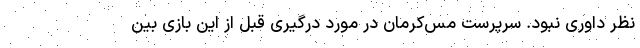
نظر داوری نبود. سرپرست مس‌کرمان در مورد درگیری قبل از این بازی بین